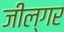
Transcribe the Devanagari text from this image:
जील्‍गर